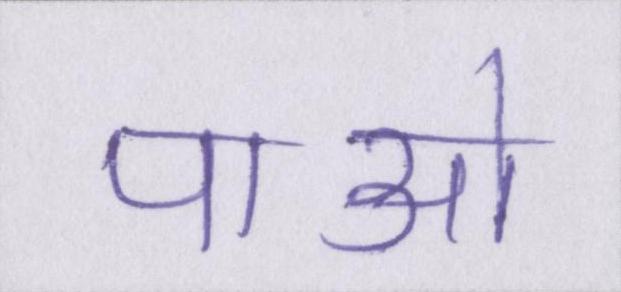
पाओ